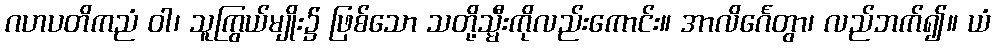
ဂဟပတိကညံ ဝါ၊ သူကြွယ်မျိုး၌ ဖြစ်သော သတို့သ္မီးကိုလည်းကောင်း။ အာလိင်္ဂေတွာ၊ လည်ဘက်၍။ ယံ